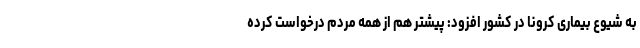
به شیوع بیماری کرونا در کشور افزود: پیشتر هم از همه مردم درخواست کرده